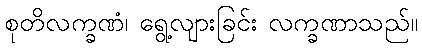
စုတိလက္ခဏံ၊ ရွေ့လျားခြင်း လက္ခဏာသည်။